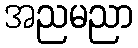
အညမညာ